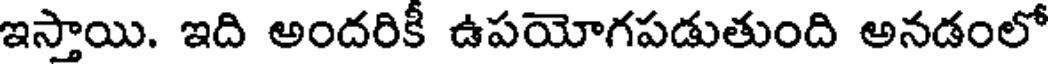
ఇస్తాయి. ఇది అందరికీ ఉపయోగపడుతుంది అనడంలో